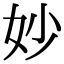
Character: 妙